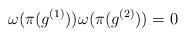
LaTeX: \begin{align*}\omega(\pi(g^{(1)}))\omega(\pi(g^{(2)}))=0\end{align*}